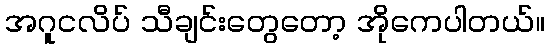
အဂူငလိပ် သီချင်းတွေတော့ အိုကေပါတယ်။